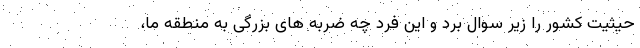
حیثیت کشور را زیر سوال برد و این فرد چه ضربه های بزرگی به منطقه ما،